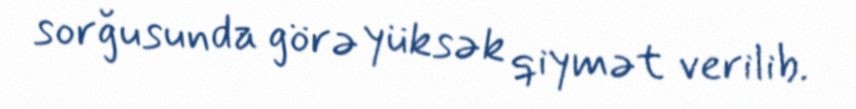
sorğusunda görə yüksək qiymət verilib.